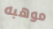
موهبه